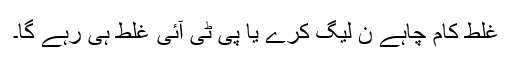
غلط کام چاہے ن لیگ کرے یا پی ٹی آئی غلط ہی رہے گا۔